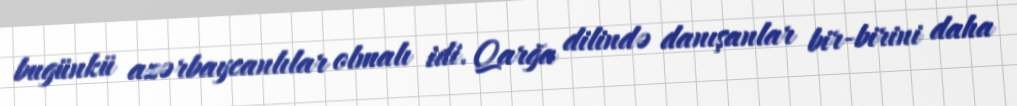
bugünkü azərbaycanlılar olmalı idi. Qarğa dilində danışanlar bir-birini daha